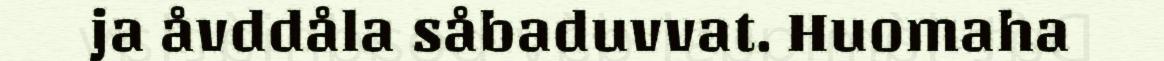
ja åvddåla såbaduvvat. Huomaha